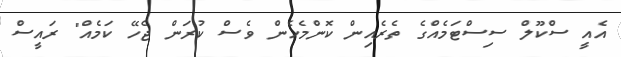
އެއީ ސްކޫލް ސިސްޓަމެއްގެ ތެރެއިން ކޮންމެހެން ވެސް ކުރަން ޖެހޭ ކަމެއް" ރައީސް